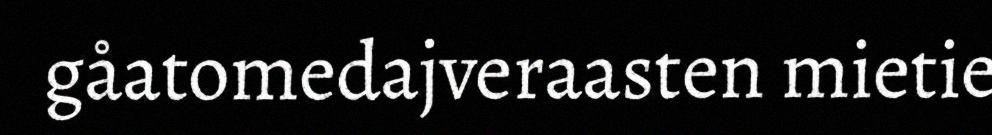
gåatomedajveraasten mietie